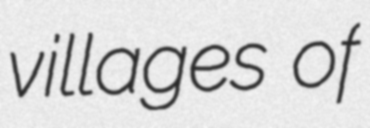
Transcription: villages of